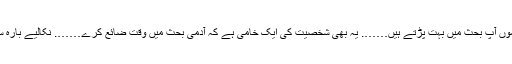
ماموں آپ بحث میں بہت پڑتے ہیں……. یہ بھی شخصیت کی ایک خامی ہے کہ آدمی بحث میں وقت ضائع کرے……. نکالیے بارہ سو!